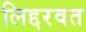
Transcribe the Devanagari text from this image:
लिद्दरवत